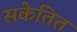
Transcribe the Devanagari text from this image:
सकेतित